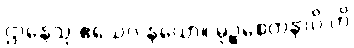
ဌာနေသု ဧသေဝ နယော။ မုဉ္စစေတနာပိ ဟိ